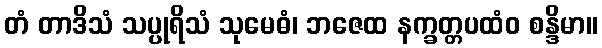
တံ တာဒိသံ သပ္ပုရိသံ သုမေဓံ၊ ဘဇေထ နက္ခတ္တပထံဝ စန္ဒိမာ။